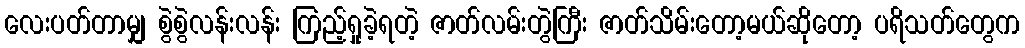
လေးပတ်တာမျှ စွဲစွဲလန်းလန်း ကြည့်ရှုခဲ့ရတဲ့ ဇာတ်လမ်းတွဲကြီး ဇာတ်သိမ်းတော့မယ်ဆိုတော့ ပရိသတ်တွေက